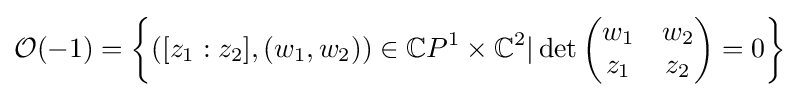
{\mathcal {O}}(-1)=\left\{([z_{1}:z_{2}],(w_{1},w_{2}))\in \mathbb {C} P^{1}\times \mathbb {C} ^{2}|\det {\begin{pmatrix}w_{1}&w_{2}\\z_{1}&z_{2}\end{pmatrix}}=0\right\}